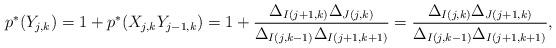
LaTeX: \begin{align*} p^*(Y_{j,k})=1+ p^* (X_{j,k}Y_{j-1,k} )= 1+\frac{\Delta_{I(j+1,k)}\Delta_{J(j,k)}}{\Delta_{I(j,k-1)}\Delta_{I(j+1,k+1)}} =\frac{\Delta_{I(j,k)}\Delta_{J(j+1,k)}}{\Delta_{I(j,k-1)}\Delta_{I(j+1,k+1)}},\end{align*}